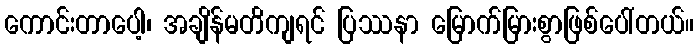
ကောင်းတာပေါ့၊ အချိန်မတိကျရင် ပြဿနာ မြောက်မြားစွာဖြစ်ပေါ်တယ်။